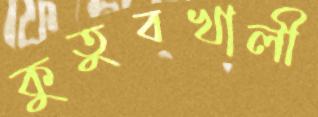
কুতুবখালী